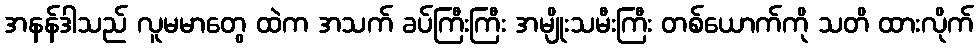
အနန်ဒါသည် လူမမာတွေ ထဲက အသက် ခပ်ကြီးကြီး အမျိုးသမီးကြီး တစ်ယောက်ကို သတိ ထားလိုက်